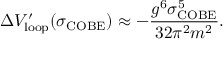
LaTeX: \Delta V _ { \mathrm { l o o p } } ^ { \prime } ( \sigma _ { \mathrm { C O B E } } ) \approx - \frac { g ^ { 6 } \sigma _ { \mathrm { C O B E } } ^ { 5 } } { 3 2 \pi ^ { 2 } m ^ { 2 } } .